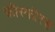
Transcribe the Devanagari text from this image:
फ़ोस्फोरस